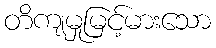
တိကျမှုမြင့်မားသော